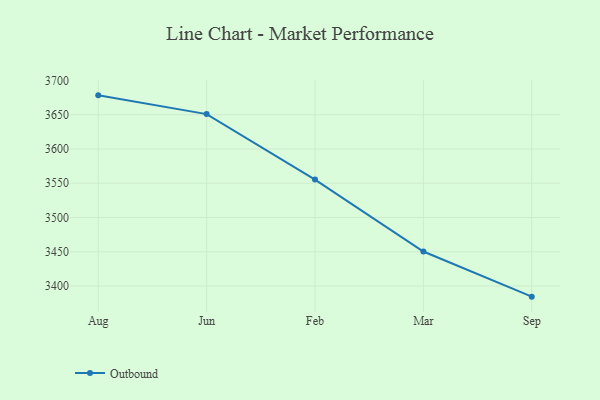
{"axis": {"x": "Month", "y": "Active Users"}, "legend": ["Outbound"], "data": [{"x": "Aug", "y": 3678.3, "type": "Outbound"}, {"x": "Jun", "y": 3650.9, "type": "Outbound"}, {"x": "Feb", "y": 3555.3, "type": "Outbound"}, {"x": "Mar", "y": 3450.4, "type": "Outbound"}, {"x": "Sep", "y": 3384.5, "type": "Outbound"}]}